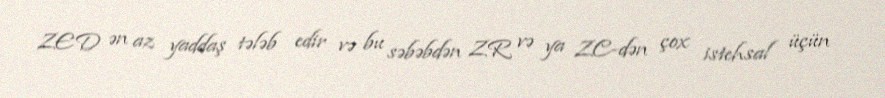
ZED ən az yaddaş tələb edir və bu səbəbdən ZR və ya ZC-dən çox istehsal üçün